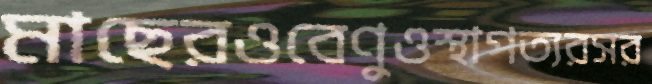
মাছেরওবেণুওস্থাপত্যরসর